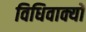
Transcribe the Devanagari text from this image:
विधिवाक्यों